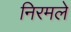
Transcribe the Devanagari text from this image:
निरमले